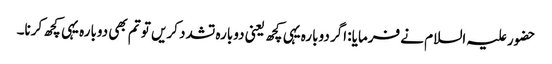
حضور علیہ السلام نے فرمایا: اگر دوبارہ یہی کچھ یعنی دوبارہ تشدد کریں تو تم بھی دوبارہ یہی کچھ کرنا۔